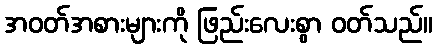
အဝတ်အစားများကို ဖြည်းလေးစွာ ဝတ်သည်။